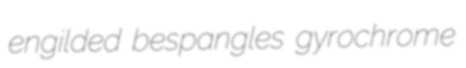
engilded bespangles gyrochrome